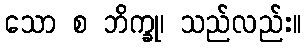
သော စ ဘိက္ခု၊ သည်လည်း။